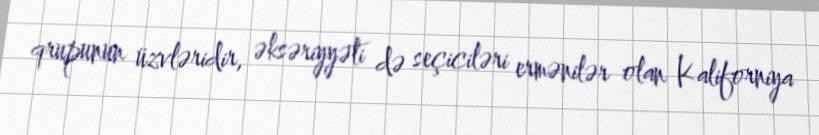
qrupunun üzvləridir, əksəriyyəti də seçiciləri ermənilər olan Kaliforniya